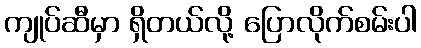
ကျုပ်ဆီမှာ ရှိတယ်လို့ ပြောလိုက်စမ်းပါ